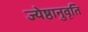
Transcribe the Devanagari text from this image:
ज्येष्ठानुवृति